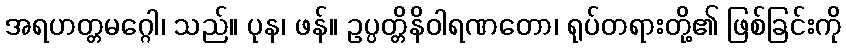
အရဟတ္တမဂ္ဂေါ၊ သည်။ ပုန၊ ဖန်။ ဥပ္ပတ္တိနိဝါရဏတော၊ ရုပ်တရားတို့၏ ဖြစ်ခြင်းကို